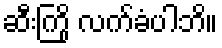
ဆီးကြို လက်ခံပါဘိ။